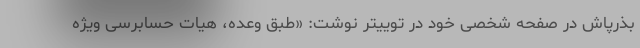
بذرپاش در صفحه شخصی خود در توییتر نوشت: «طبق وعده، هیات حسابرسی ویژه